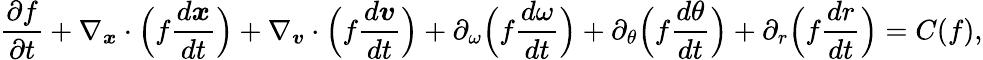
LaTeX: \frac{\partial f}{\partial t}+\nabla_{\boldsymbol{x}}\cdot\Big(f\frac{d\boldsymbol{x}}{dt}\Big)+\nabla_{\boldsymbol{v}}\cdot\Big(f\frac{d\boldsymbol{v}}{dt}\Big)+\partial_{\omega}\Big(f\frac{d\omega}{dt}\Big)+\partial_{\theta}\Big(f\frac{d\theta}{dt}\Big)+\partial_{r}\Big(f\frac{dr}{dt}\Big)=C(f),